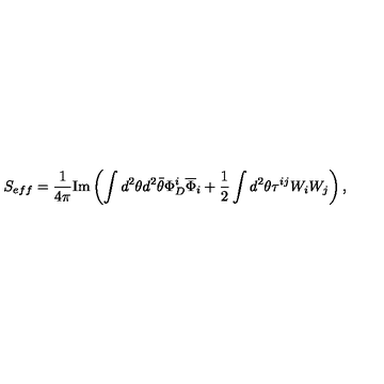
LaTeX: S _ { e f f } = { \frac { 1 } { 4 \pi } } \mathrm { I m } \left( \int d ^ { 2 } \theta d ^ { 2 } \bar { \theta } \Phi _ { D } ^ { i } \overline { \Phi } _ { i } + { \frac { 1 } { 2 } } \int d ^ { 2 } \theta \tau ^ { i j } W _ { i } W _ { j } \right) ,